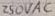
Text: 250VAC